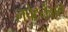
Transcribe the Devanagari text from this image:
लपेटनेवाले